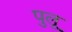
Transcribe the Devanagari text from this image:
पुलू